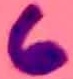
Text: 6